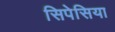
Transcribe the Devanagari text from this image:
सिपेसिया